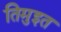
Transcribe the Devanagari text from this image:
तिमुइत